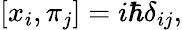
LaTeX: [x_{i},\pi_{j}]=i\hbar\delta_{ij},